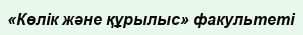
«Көлік және құрылыс» факультеті